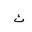
Letter: _tha